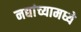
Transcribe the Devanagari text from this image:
नद्यांच्यामध्ये